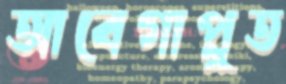
আবেগাপ্লুত